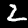
Digit: 2